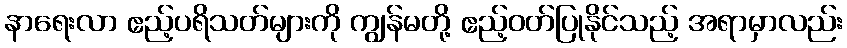
နာရေးလာ ဧည့်ပရိသတ်များကို ကျွန်မတို့ ဧည့်ဝတ်ပြုနိုင်သည့် အရာမှာလည်း